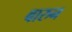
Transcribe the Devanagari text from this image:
बारुन